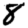
Digit: 8